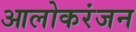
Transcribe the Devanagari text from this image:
आलोकरंजन